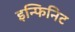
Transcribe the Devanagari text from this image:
इन्फिनिट